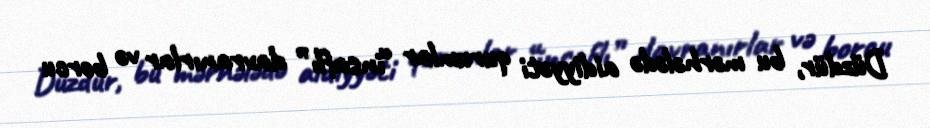
Düzdür, bu mərhələdə aidiyyəti qurumlar “insaflı” davranırlar və borcu